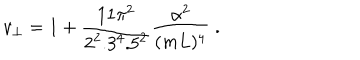
v _ { \bot } = 1 + { \frac { 1 1 \pi ^ { 2 } } { 2 ^ { 2 } . 3 ^ { 4 } . 5 ^ { 2 } } } { \frac { \alpha ^ { 2 } } { ( m L ) ^ { 4 } } } \; .